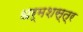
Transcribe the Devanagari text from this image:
धर्मशस्त्र